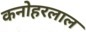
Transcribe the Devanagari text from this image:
कनोहरलाल